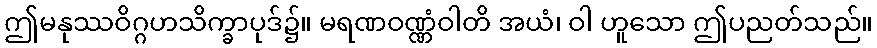
ဤမနုဿဝိဂ္ဂဟသိက္ခာပုဒ်၌။ မရဏဝဏ္ဏံဝါတိ အယံ၊ ဝါ ဟူသော ဤပညတ်သည်။